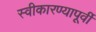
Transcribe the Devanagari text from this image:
स्वीकारण्यापूर्वी